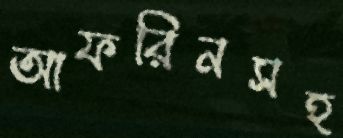
আফরিনসহ